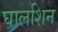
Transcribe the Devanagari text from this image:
घालशिन